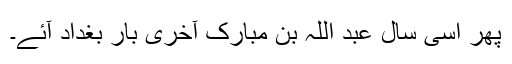
پھر اسی سال عبد اللہ بن مبارک آخری بار بغداد آئے۔